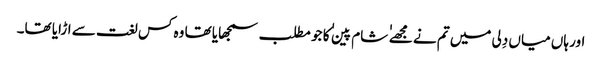
اور ہاں میاں دِلی میں تم نے مجھے ٰ ٰ شام پین ٰ ٰ کا جو مطلب سمجھایا تھا وہ کس لغت سے اڑایا تھا۔